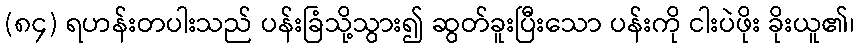
(၈၄) ရဟန်းတပါးသည် ပန်းခြံသို့သွား၍ ဆွတ်ခူးပြီးသော ပန်းကို ငါးပဲဖိုး ခိုးယူ၏၊